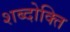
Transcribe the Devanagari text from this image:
शब्दोक्ति